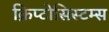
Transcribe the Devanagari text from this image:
क्रिप्टोसिस्टम्स